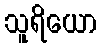
သူရိယော